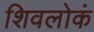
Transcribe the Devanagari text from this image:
शिवलोकं